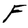
Character: F